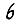
Digit: 6